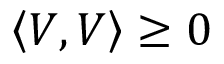
\left\langle V , V \right\rangle \geq 0